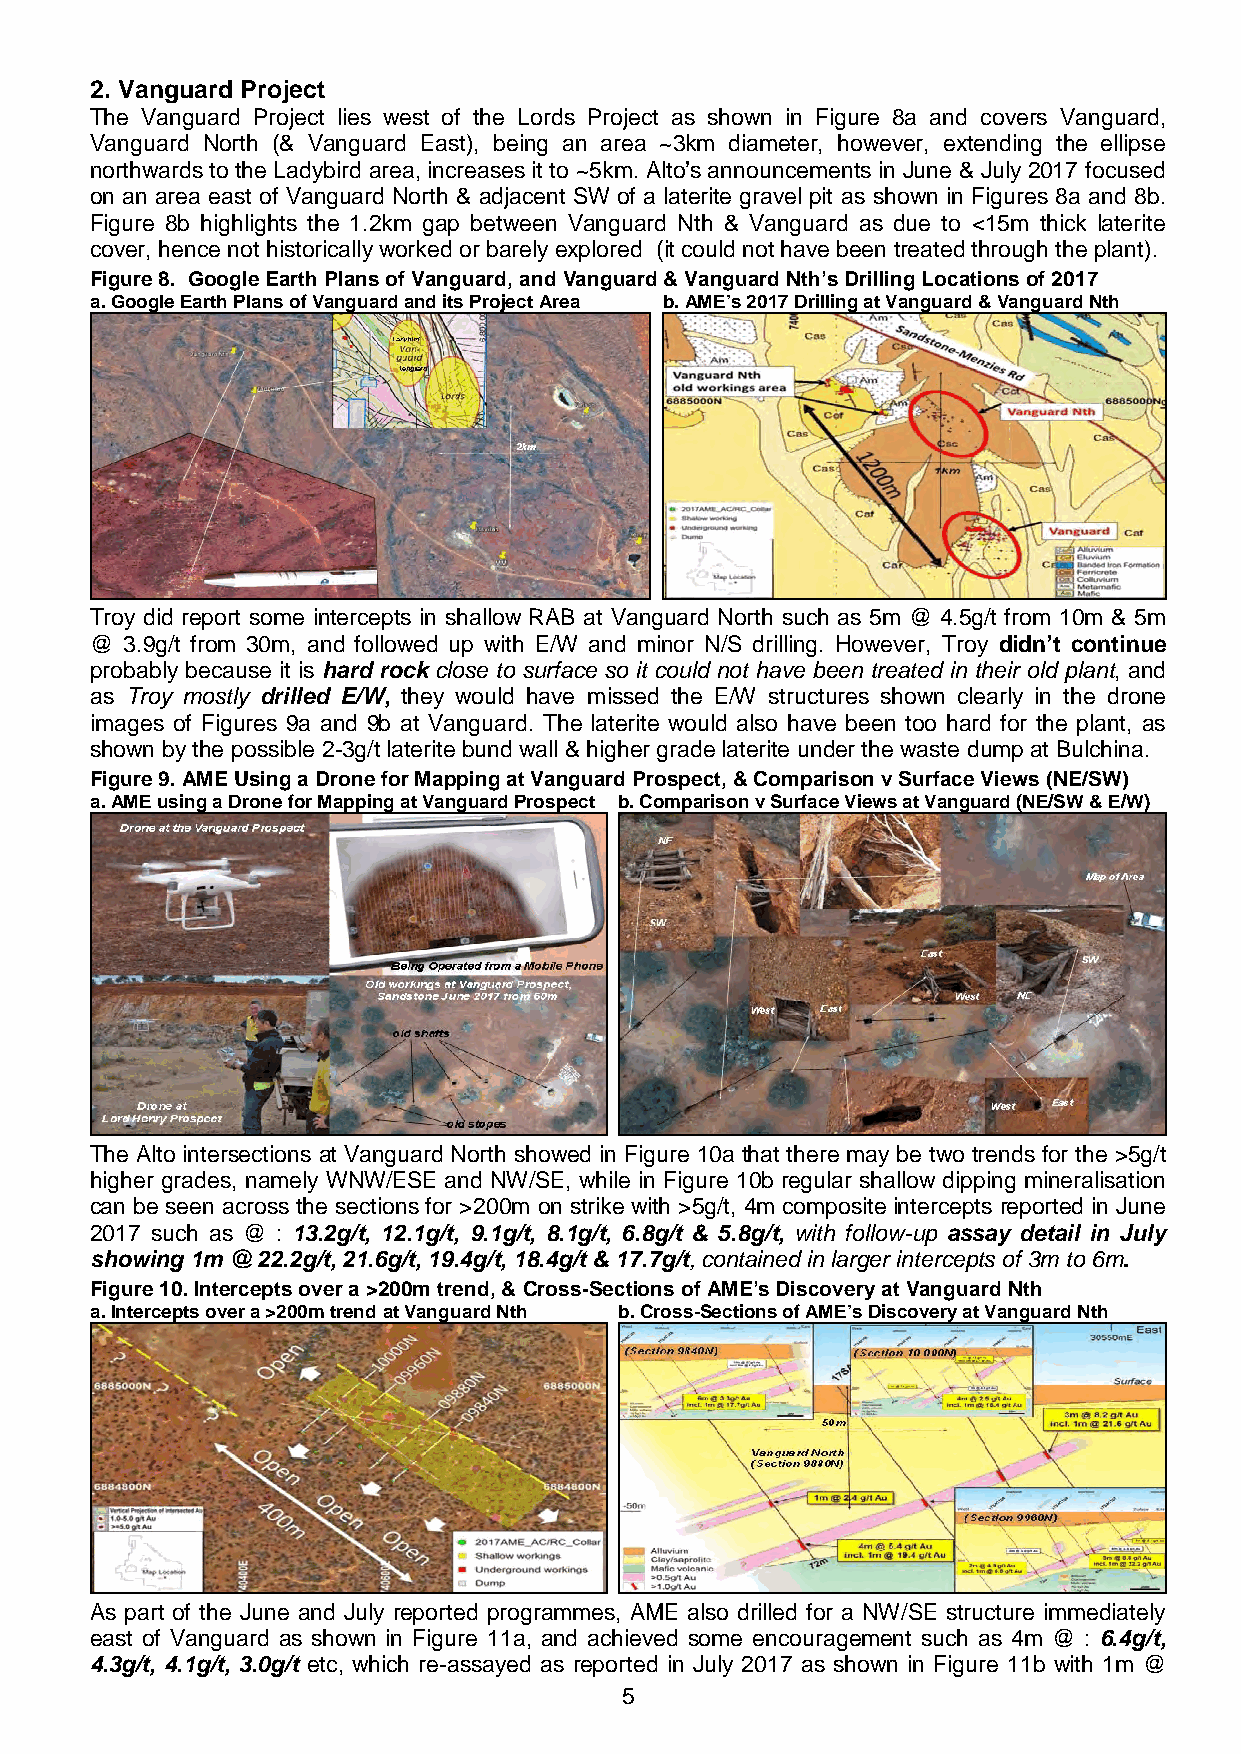
2. Vanguard Project
 The Vanguard Project lies west of the Lords Project as shown in Figure 8a and covers Vanguard,
 Vanguard North (& Vanguard East), being an area ~3km diameter, however, extending the ellipse
 northwards to the Ladybird area, increases it to ~5km. Alto’s announcements in June & July 2017 focused
 on an area east of Vanguard North & adjacent SW of a laterite gravel pit as shown in Figures 8a and 8b.
 Figure 8b highlights the 1.2km gap between Vanguard Nth & Vanguard as due to <15m thick laterite
 cover, hence not historically worked or barely explored (it could not have been treated through the plant).
 Figure 8. Google Earth Plans of Vanguard, and Vanguard & Vanguard Nth’s Drilling Locations of 2017
 a. Google Earth Plans of Vanguard and its Project Area b. AME’s 2017 Drilling at Vanguard & Vanguard Nth
 Troy did report some intercepts in shallow RAB at Vanguard North such as 5m @ 4.5g/t from 10m & 5m
 @ 3.9g/t from 30m, and followed up with E/W and minor N/S drilling. However, Troy didn’t continue
 probably because it is hard rock close to surface so it could not have been treated in their old plant, and
 as Troy mostly drilled E/W, they would have missed the E/W structures shown clearly in the drone
 images of Figures 9a and 9b at Vanguard. The laterite would also have been too hard for the plant, as
 shown by the possible 2-3g/t laterite bund wall & higher grade laterite under the waste dump at Bulchina.
 Figure 9. AME Using a Drone for Mapping at Vanguard Prospect, & Comparison v Surface Views (NE/SW)
 a. AME using a Drone for Mapping at Vanguard Prospect b. Comparison v Surface Views at Vanguard (NE/SW & E/W)
 The Alto intersections at Vanguard North showed in Figure 10a that there may be two trends for the >5g/t
 higher grades, namely WNW/ESE and NW/SE, while in Figure 10b regular shallow dipping mineralisation
 can be seen across the sections for >200m on strike with >5g/t, 4m composite intercepts reported in June
 2017 such as @ : 13.2g/t, 12.1g/t, 9.1g/t, 8.1g/t, 6.8g/t & 5.8g/t, with follow-up assay detail in July
 showing 1m @ 22.2g/t, 21.6g/t, 19.4g/t, 18.4g/t & 17.7g/t, contained in larger intercepts of 3m to 6m.
 Figure 10. Intercepts over a >200m trend, & Cross-Sections of AME’s Discovery at Vanguard Nth
 a. Intercepts over a >200m trend at Vanguard Nth b. Cross-Sections of AME’s Discovery at Vanguard Nth
 As part of the June and July reported programmes, AME also drilled for a NW/SE structure immediately
 east of Vanguard as shown in Figure 11a, and achieved some encouragement such as 4m @ : 6.4g/t,
 4.3g/t, 4.1g/t, 3.0g/t etc, which re-assayed as reported in July 2017 as shown in Figure 11b with 1m @
 5